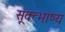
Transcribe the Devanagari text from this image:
सूक्त्भाष्य